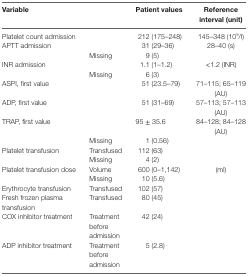
<table><thead><tr><td><b>Variable</b></td><td></td><td><b>Patient values</b></td><td><b>Reference interval (unit)</b></td></tr></thead><tbody><tr><td>Platelet count admission</td><td></td><td>212 (175–248)</td><td>145–348 (10<sup>9</sup>/l)</td></tr><tr><td>APTT admission</td><td></td><td>31 (29–36)</td><td>28–40 (s)</td></tr><tr><td></td><td>Missing</td><td>9 (5)</td><td></td></tr><tr><td>INR admission</td><td></td><td>1.1 (1–1.2)</td><td>&lt;1.2 (INR)</td></tr><tr><td></td><td>Missing</td><td>6 (3)</td><td></td></tr><tr><td>ASPI, first value</td><td></td><td>51 (23.5–79)</td><td>71–115; 65–119 (AU)</td></tr><tr><td>ADP, first value</td><td></td><td>51 (31–69)</td><td>57–113; 57–113 (AU)</td></tr><tr><td>TRAP, first value</td><td></td><td>95 ± 35.6</td><td>84–128; 84–128 (AU)</td></tr><tr><td></td><td>Missing</td><td>1 (0.56)</td><td></td></tr><tr><td>Platelet transfusion</td><td>Transfused</td><td>112 (63)</td><td></td></tr><tr><td></td><td>Missing</td><td>4 (2)</td><td></td></tr><tr><td>Platelet transfusion dose</td><td>Volume</td><td>600 (0–1,142)</td><td>(ml)</td></tr><tr><td></td><td>Missing</td><td>10 (5.6)</td><td></td></tr><tr><td>Erythrocyte transfusion</td><td>Transfused</td><td>102 (57)</td><td></td></tr><tr><td>Fresh frozen plasma transfusion</td><td>Transfused</td><td>80 (45)</td><td></td></tr><tr><td>COX inhibitor treatment</td><td>Treatment before admission</td><td>42 (24)</td><td></td></tr><tr><td>ADP inhibitor treatment</td><td>Treatment before admission</td><td>5 (2.8)</td><td></td></tr></tbody></table>